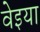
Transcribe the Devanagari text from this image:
वेइया